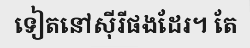
ទៀតនៅស៊ីរីផងដែរ។ តែ